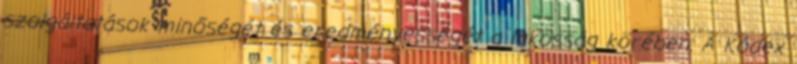
szolgáltatások minőségét és eredményességét a lakosság körében. A Kódex